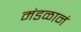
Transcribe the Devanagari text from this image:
मंडळानं